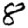
Digit: 8